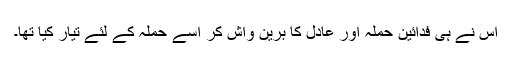
اس نے ہی فدائین حملہ آور عادل کا برین واش کر اسے حملہ کے لئے تیار کیا تھا۔